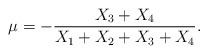
LaTeX: \begin{align*}\mu=-\frac{X_3+X_4}{X_1+X_2+X_3+X_4}.\end{align*}